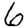
Digit: 6